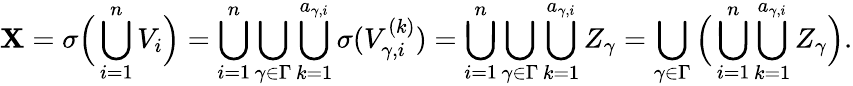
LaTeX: \mathbf{X}=\sigma\Big(\bigcup_{i=1}^{n}V_{i}\Big)=\bigcup_{i=1}^{n}\bigcup_{\gamma\in\Gamma}\bigcup_{k=1}^{a_{\gamma,i}}\sigma(V_{\gamma,i}^{(k)})=\bigcup_{i=1}^{n}\bigcup_{\gamma\in\Gamma}\bigcup_{k=1}^{a_{\gamma,i}}Z_{\gamma}=\bigcup_{\gamma\in\Gamma}\Big(\bigcup_{i=1}^{n}\bigcup_{k=1}^{a_{\gamma,i}}Z_{\gamma}\Big).